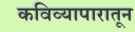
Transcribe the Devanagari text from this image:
कविव्यापारातून